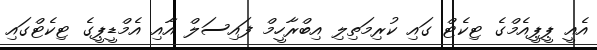
އެއީ ޕީޕީއެމްގެ ޓިކެޓް ގައި ކުރިމަތިލި އިބްރާހީމް ފައިސަލް އާއި އެމްޑީޕީގެ ޓިކެޓްގައި